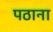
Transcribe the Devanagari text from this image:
पठाना